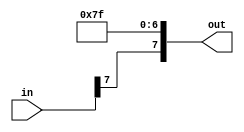
module dummy_v( input [7:0] in, output reg [7:0] out);
    assign out = {in[7], 7'b1111111}; //there is no equivalent to vhdl's `others'
endmodule